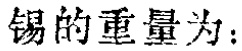
锡的重量为：